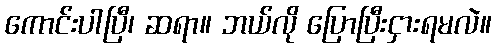
ကောင်းပါပြီ၊ ဆရာ။ ဘယ်လို ပြောပြီးငှားရမလဲ။